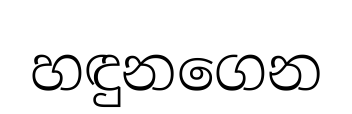
හඳුනගෙන